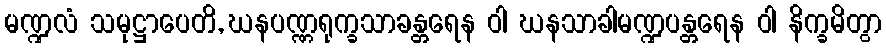
မဏ္ဍလံ သမုဋ္ဌာပေတိ, ဃနပဏ္ဏရုက္ခသာခန္တရေန ဝါ ဃနသာခါမဏ္ဍပန္တရေန ဝါ နိက္ခမိတွာ